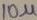
Text: 10µ